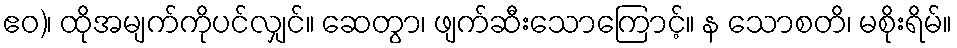
ဧဝ)၊ ထိုအမျက်ကိုပင်လျှင်။ ဆေတွာ၊ ဖျက်ဆီးသောကြောင့်။ န သောစတိ၊ မစိုးရိမ်။